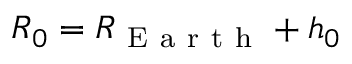
R _ { 0 } = R _ { \mathrm { ~ E ~ a ~ r ~ t ~ h ~ } } + h _ { 0 }